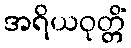
အရိယဝုတ္တိံ